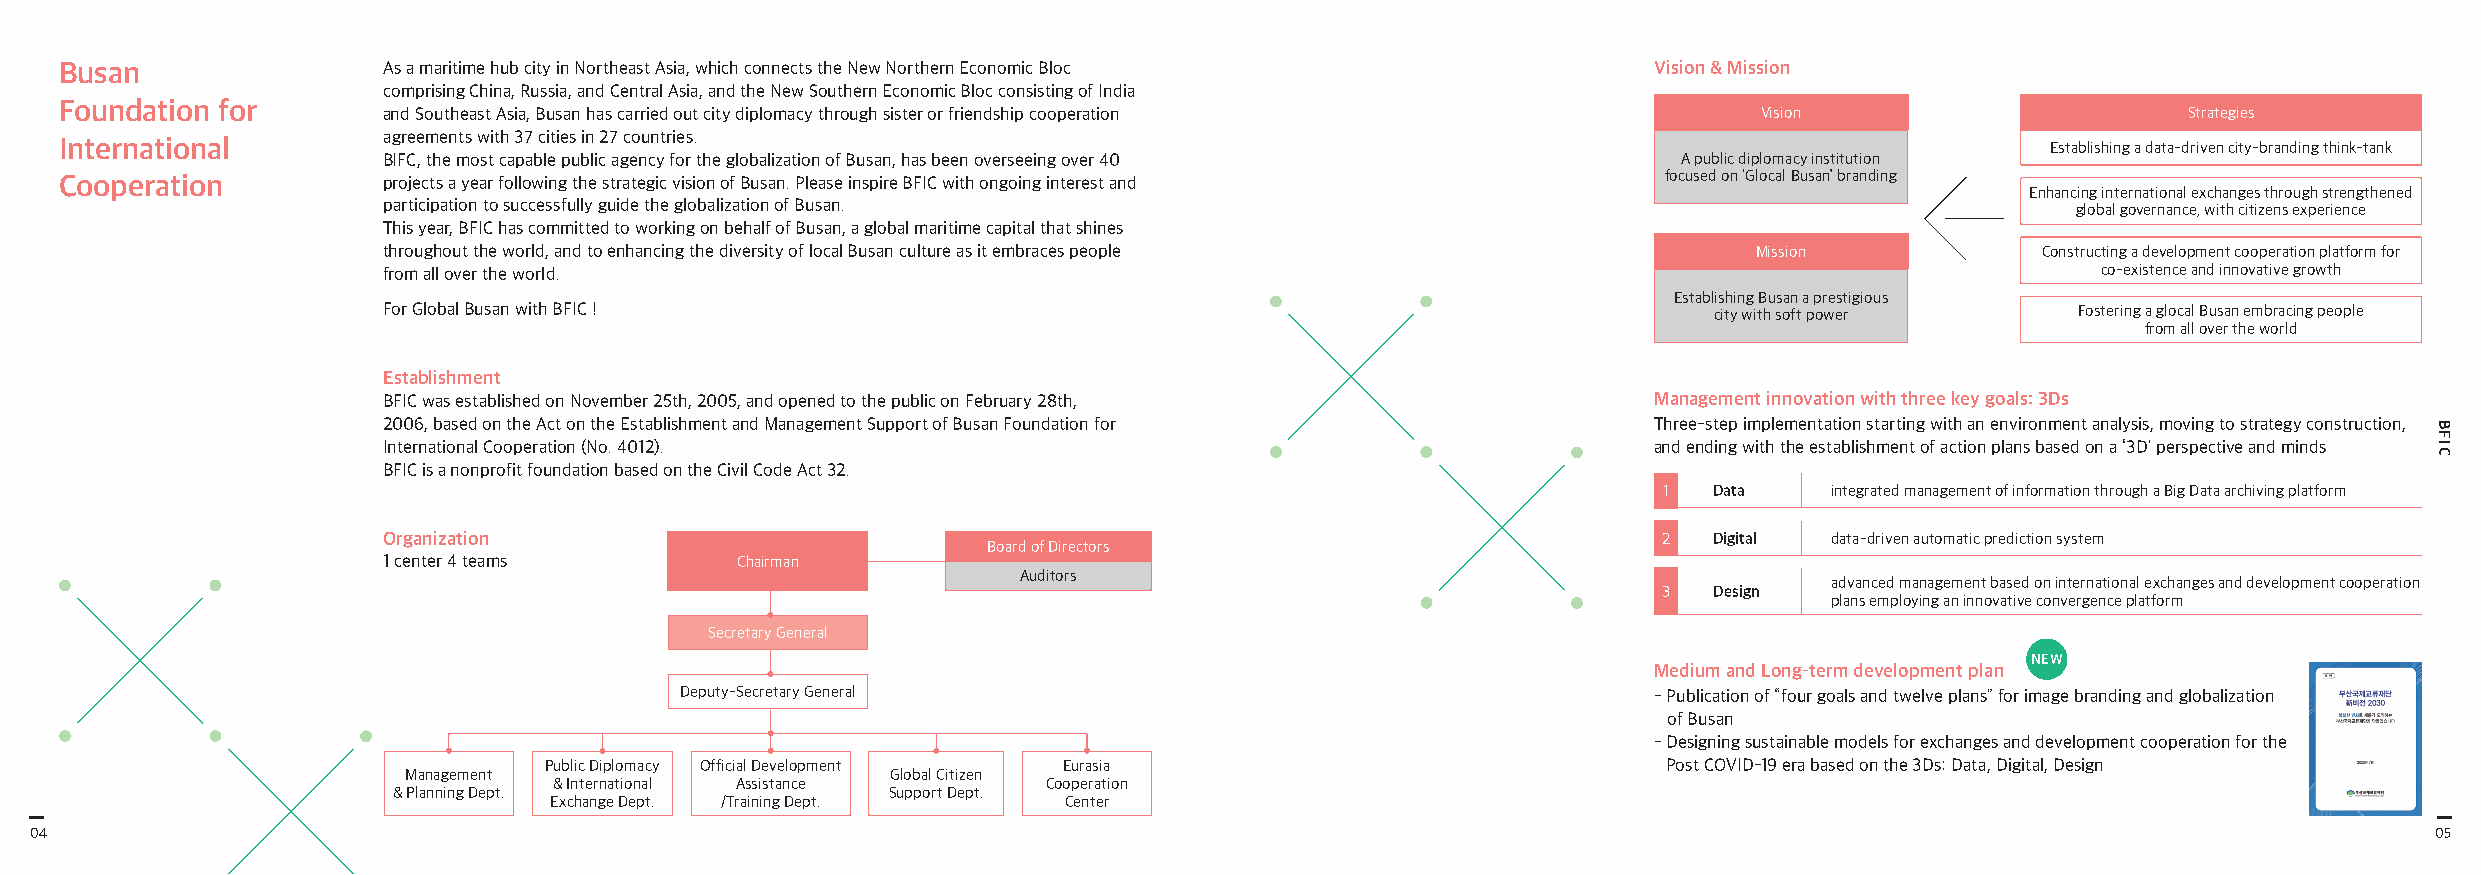
Busan                As a maritime hub city in Northeast Asia, which connects the New Northern Economic Bloc Vision & Mission
 comprising China, Russia, and Central Asia, and the New Southern Economic Bloc consisting of India
 Foundation for
 and Southeast Asia, Busan has carried out city diplomacy through sister or friendship cooperation Vision                Strategies
 agreements with 37 cities in 27 countries.
 International                                                                                                                       Establishing a data-driven city-branding think-tank
 BIFC, the most capable public agency for the globalization of Busan, has been overseeing over 40 A public diplomacy institution
 Cooperation          projects a year following the strategic vision of Busan. Please inspire BFIC with ongoing interest and focused on ‘Glocal Busan’ branding
 Enhancing international exchanges through strengthened
 participation to successfully guide the globalization of Busan.                                                 global governance, with citizens experience
 This year, BFIC has committed to working on behalf of Busan, a global maritime capital that shines
 throughout the world, and to enhancing the diversity of local Busan culture as it embraces people Mission     Constructing a development cooperation platform for
 from all over the world.                                                                                          co-existence and innovative growth
 Establishing Busan a prestigious
 For Global Busan with BFIC !                                                            city with soft power     Fostering a glocal Busan embracing people
 from all over the world
 Establishment
 BFIC was established on November 25th, 2005, and opened to the public on February 28th, Management innovation with three key goals: 3Ds
 2006, based on the Act on the Establishment and Management Support of Busan Foundation for Three-step implementation starting with an environment analysis, moving to strategy construction,
 International Cooperation (No. 4012).                                               and ending with the establishment of action plans based on a ‘3D’ perspective and minds
 BFIC is a nonprofit foundation based on the Civil Code Act 32.
 1  Data    integrated management of information through a Big Data archiving platform
 Organization                                                                         2  Digital data-driven automatic prediction system
 Board of Directors
 1 center 4 teams        Chairman
 Auditors
 advanced management based on international exchanges and development cooperation
 3  Design
 plans employing an innovative convergence platform
 Secretary General
 NEW
 Medium and Long-term development plan
 Deputy-Secretary General                                        - Publication of “four goals and twelve plans” for image branding and globalization
 of Busan
 - Designing sustainable models for exchanges and development cooperation for the
 Public Diplomacy Official Development Eurasia                             Post COVID-19 era based on the 3Ds: Data, Digital, Design
 Management                      Global Citizen
 & International Assistance      Cooperation
 & Planning Dept.                 Support Dept.
 Exchange Dept. /Training Dept.    Center
 04                                                                                                                                                             05
 BFIC